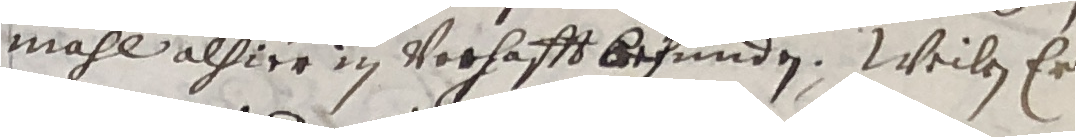
mahl alhier in verhafft befunden. Weilen er